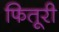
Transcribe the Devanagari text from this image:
फितूरी